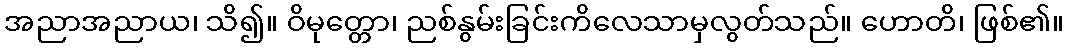
အညာအညာယ၊ သိ၍။ ဝိမုတ္တော၊ ညစ်နွမ်းခြင်းကိလေသာမှလွတ်သည်။ ဟောတိ၊ ဖြစ်၏။